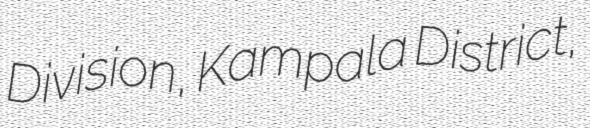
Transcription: Division, Kampala District,